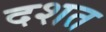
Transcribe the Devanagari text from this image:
दशत